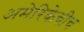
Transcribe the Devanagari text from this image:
अमेरिकेचीच